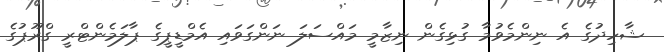
ޝާހިދުގެ އެ ނިންމެވުމާ ގުޅިގެން ނިޒާމީ މައްސަލަ ނަންގަވައި އެމްޑީޕީގެ ޕާލަމެންޓްރީ ގްރޫޕުގެ